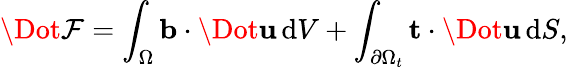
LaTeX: \Dot{\mathcal{F}}=\int_{\Omega}\mathbf{b}\cdot\Dot{\mathbf{u}}\, \textrm{d}V+\int_{\partial\Omega_{t}}\mathbf{t}\cdot\Dot{\mathbf{u}}\, \textrm{d}S,